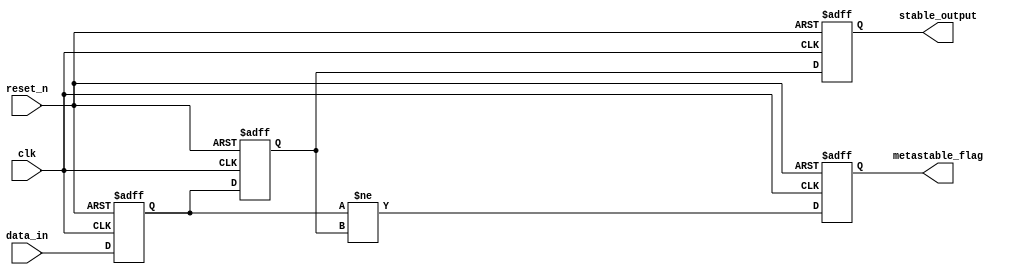
module metastability_detector (
    input wire clk,            // Clock signal
    input wire reset_n,       // Asynchronous active-low reset
    input wire data_in,       // Asynchronous input signal
    output reg metastable_flag,// Metastability detection flag
    output reg stable_output    // Synchronized output signal
);

    // Internal signals for flip-flop outputs
    reg ff1_output;
    reg ff2_output;

    // Flip-flop 1: Sample data_in on the rising edge of clk
    always @(posedge clk or negedge reset_n) begin
        if (!reset_n) begin
            ff1_output <= 1'b0; // Initialize to known state on reset
        end else begin
            ff1_output <= data_in; // Capture data_in
        end
    end

    // Flip-flop 2: Sample ff1_output on the next rising edge of clk
    always @(posedge clk or negedge reset_n) begin
        if (!reset_n) begin
            ff2_output <= 1'b0; // Initialize to known state on reset
        end else begin
            ff2_output <= ff1_output; // Capture output of FF1
        end
    end

    // Metastability detection logic
    always @(posedge clk or negedge reset_n) begin
        if (!reset_n) begin
            metastable_flag <= 1'b0; // Initialize flag on reset
        end else begin
            // Set metastable_flag high if outputs of FF1 and FF2 are different
            metastable_flag <= (ff1_output != ff2_output);
        end
    end

    // Synchronized output
    always @(posedge clk or negedge reset_n) begin
        if (!reset_n) begin
            stable_output <= 1'b0; // Initialize to known state on reset
        end else begin
            stable_output <= ff2_output; // Output the synchronized signal
        end
    end

endmodule